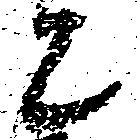
と